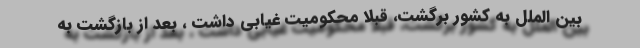
بین الملل به کشور برگشت، قبلا محکومیت غیابی داشت ، بعد از بازگشت به